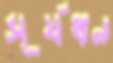
সূর্যধন